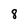
Character: 8